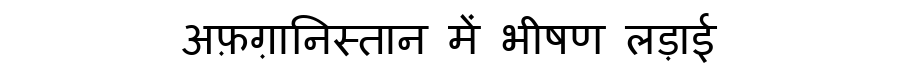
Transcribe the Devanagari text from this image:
अफ़ग़ानिस्तान में भीषण लड़ाई